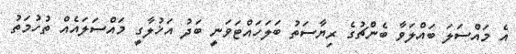
އެ މައްސަލަ ބައްލަވާ ބެންޗުގެ ރިޔާސަތު ބަލަހައްޓަވަނީ ބަދު އަޚުލާގީ މައްސަލައެއް ތުހުމަތު